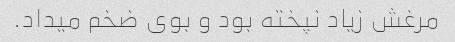
مرغش زیاد نپخته بود و بوی ضخم میداد.